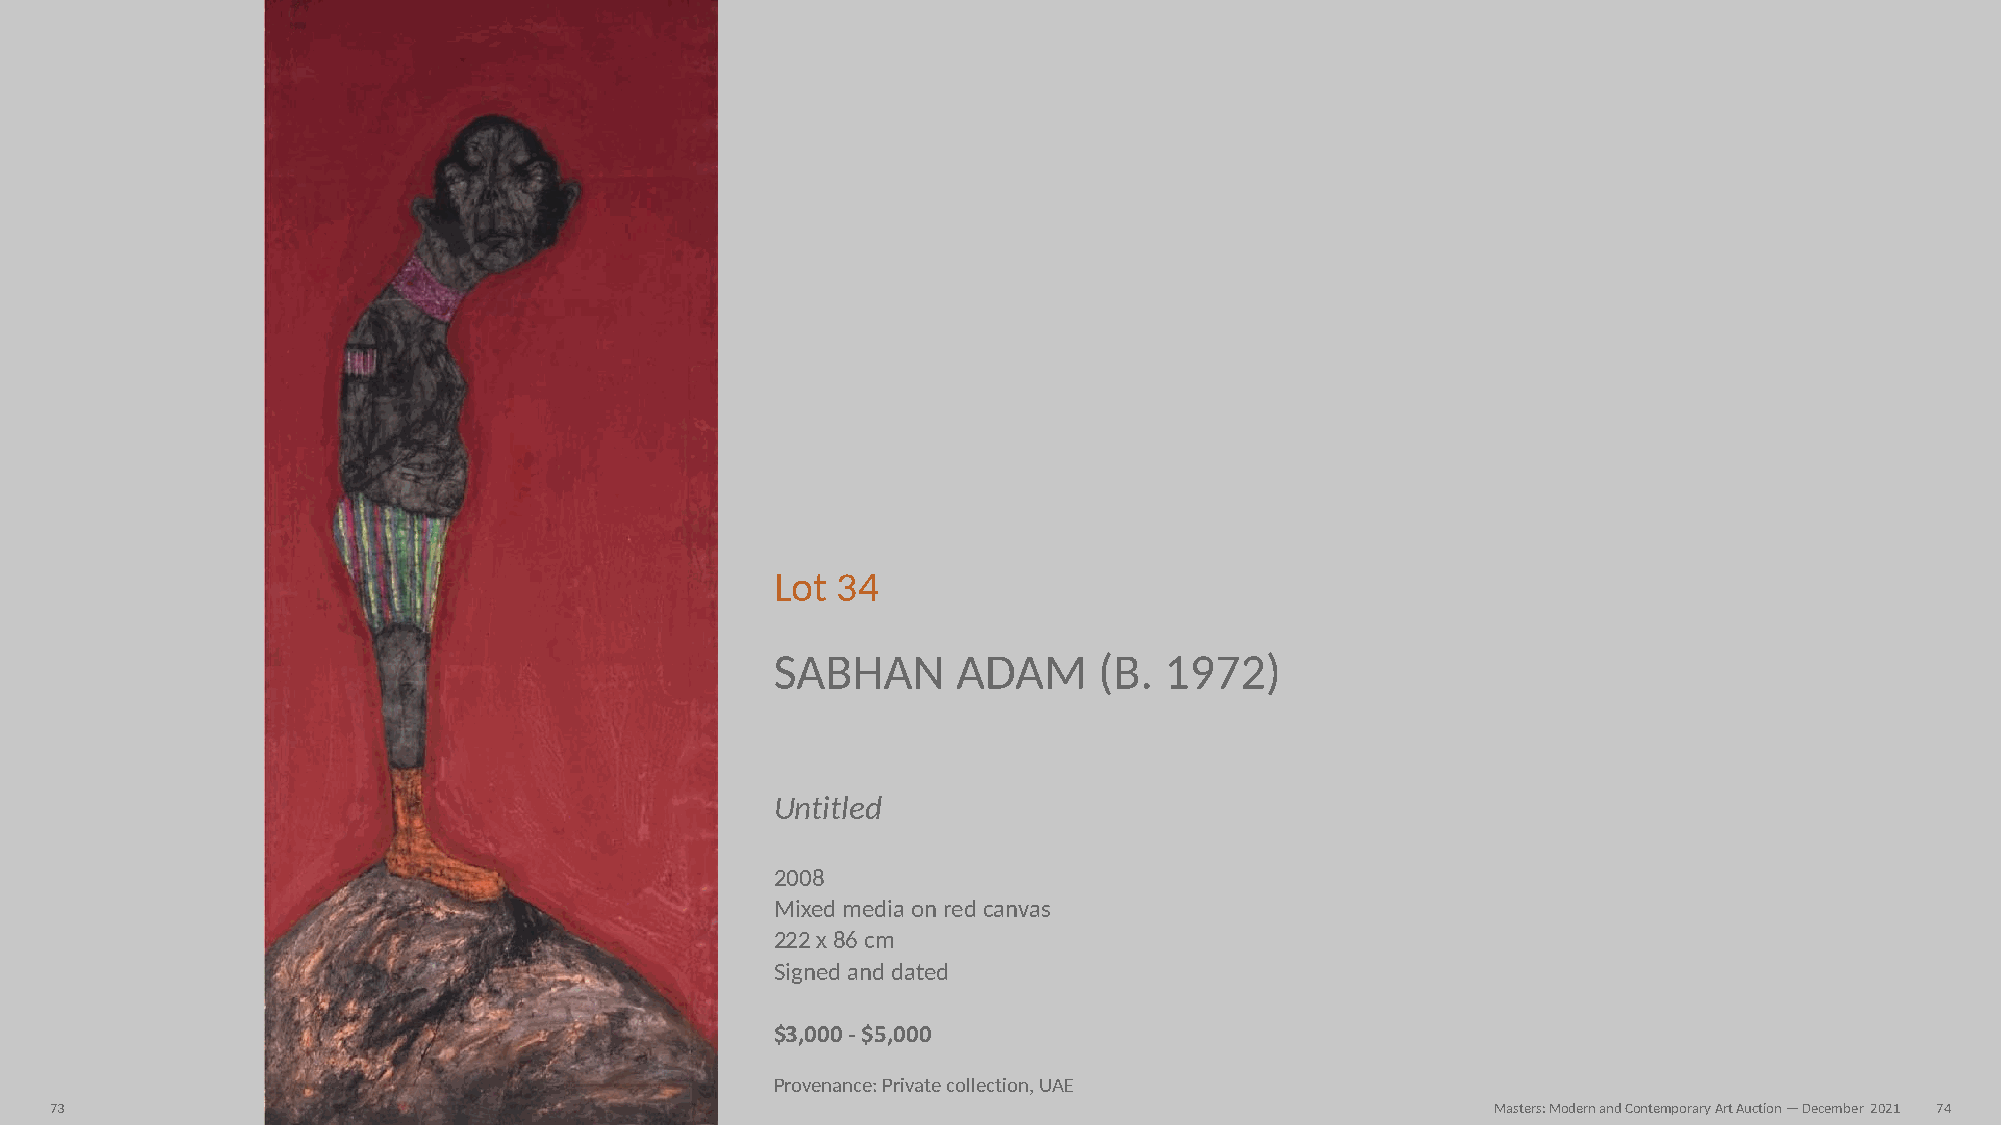
Lot 34
 SABHAN      ADAM      (B. 1972)
 Untitled
 2008
 Mixed media on red canvas
 222 x 86 cm
 Signed and dated
 $3,000 - $5,000
 Provenance: Private collection, UAE
 73                                                                                              Masters: Modern and Contemporary Art Auction — December 2021 74